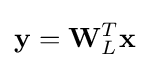
\mathbf {y} =\mathbf {W} _{L}^{T}\mathbf {x}